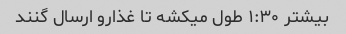
بیشتر ۱:۳۰ طول میکشه تا غذارو ارسال گنند